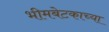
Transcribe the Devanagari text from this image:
भीमबेटकाच्या